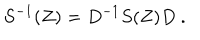
LaTeX: S ^ { - 1 } ( Z ) = D ^ { - 1 } S ( Z ) D \ .